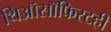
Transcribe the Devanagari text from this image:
थिऑसॉफिस्टही